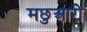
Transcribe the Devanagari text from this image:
मछुआरी